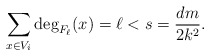
\begin{align*} \sum_{x\in V_i}\deg_{F_\ell}(x)=\ell<s= \frac{dm}{2k^2}.\end{align*}